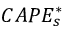
C A P E _ { s } ^ { * }